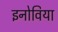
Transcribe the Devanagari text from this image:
इनोविया